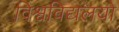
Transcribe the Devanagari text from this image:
विश्वविद्यलयो